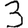
Digit: 3